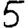
Digit: 5